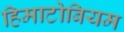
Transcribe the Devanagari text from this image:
हिमाटोबियम